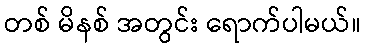
တစ် မိနစ် အတွင်း ရောက်ပါမယ်။